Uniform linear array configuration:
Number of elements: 4
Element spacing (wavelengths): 1
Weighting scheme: hamming
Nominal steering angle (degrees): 60
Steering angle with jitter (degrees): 61.238
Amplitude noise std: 0.05
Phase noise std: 0.05

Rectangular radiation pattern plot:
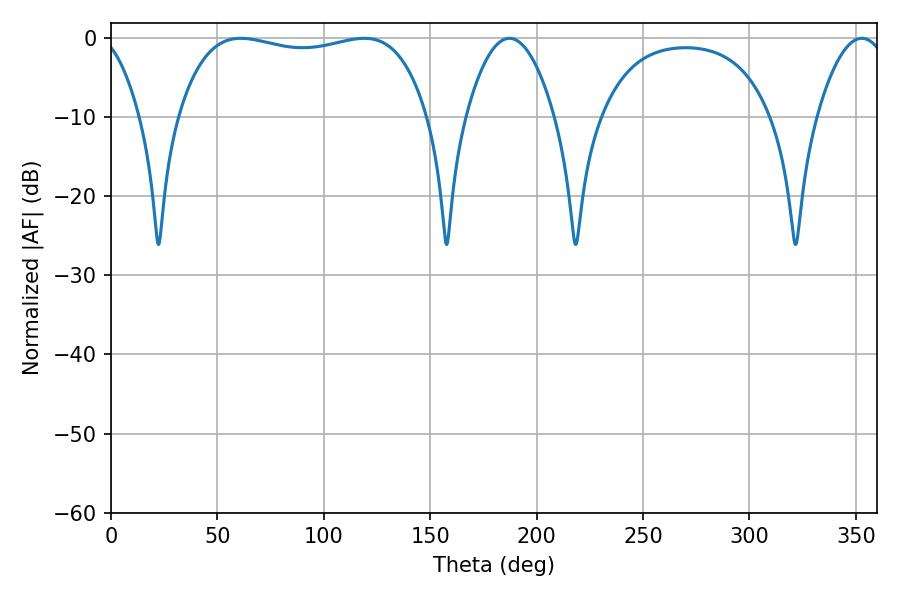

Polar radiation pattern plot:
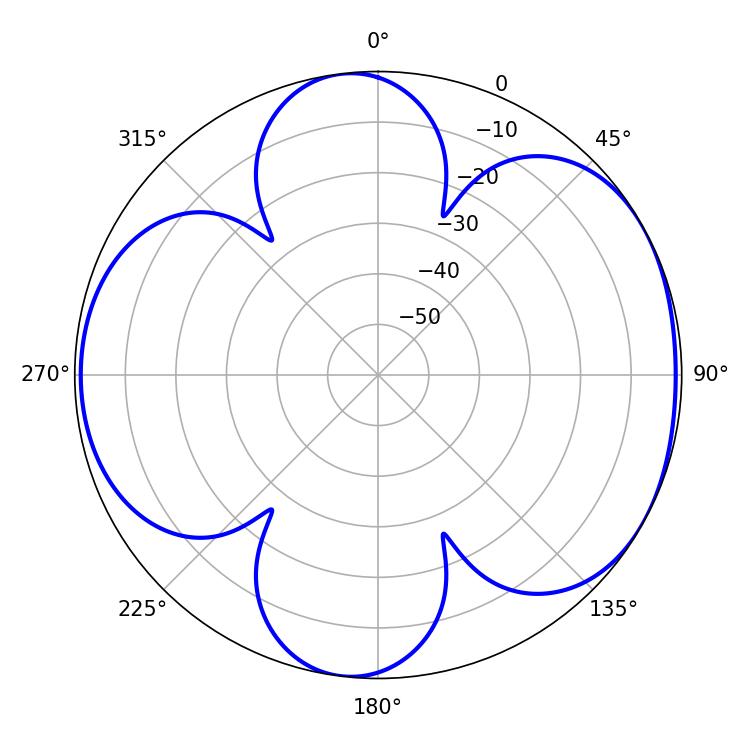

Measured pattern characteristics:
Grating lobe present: TRUE
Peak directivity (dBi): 5.603
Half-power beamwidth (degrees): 22.86
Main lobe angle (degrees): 187.2